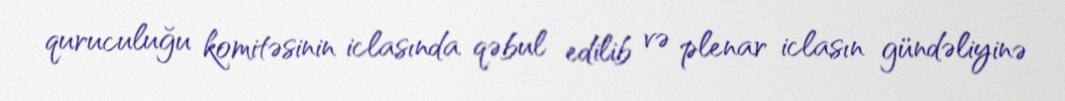
quruculuğu komitəsinin iclasında qəbul edilib və plenar iclasın gündəliyinə